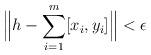
LaTeX: \begin{align*}\Big\|h-\sum_{i=1}^m[x_i,y_i]\Big\|<\epsilon\end{align*}